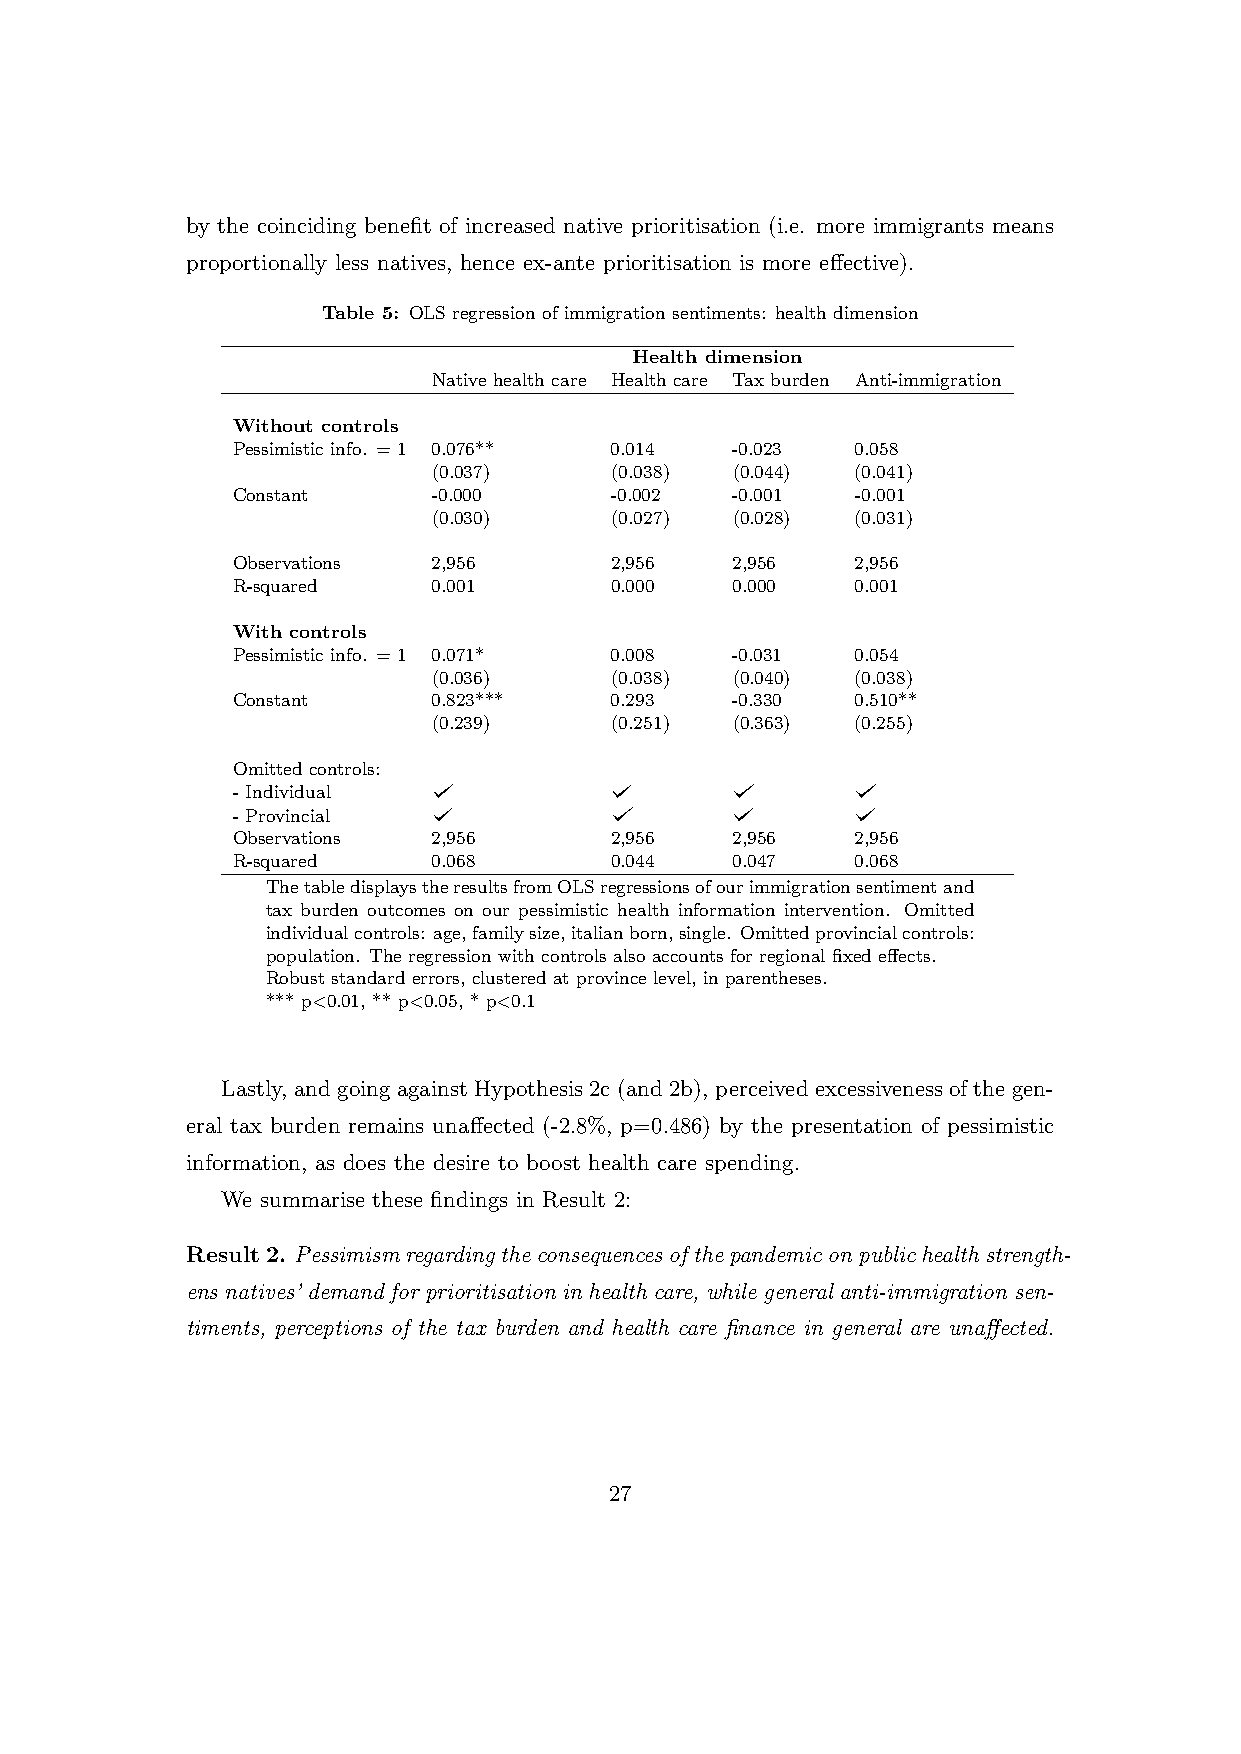
by the coinciding benefit of increased native prioritisation (i.e. more immigrants means
 proportionally less natives, hence ex-ante prioritisation is more effective).
 Table 5: OLS regression of immigration sentiments: health dimension
 Health dimension
 Native health care Health care Tax burden Anti-immigration
 Without controls
 Pessimistic info. = 1 0.076** 0.014 -0.023 0.058
 (0.037)    (0.038)  (0.044) (0.041)
 Constant      -0.000     -0.002   -0.001  -0.001
 (0.030)    (0.027)  (0.028) (0.031)
 Observations  2,956      2,956    2,956   2,956
 R-squared     0.001      0.000    0.000   0.001
 With controls
 Pessimistic info. = 1 0.071* 0.008 -0.031 0.054
 (0.036)    (0.038)  (0.040) (0.038)
 Constant      0.823***   0.293    -0.330  0.510**
 (0.239)    (0.251)  (0.363) (0.255)
 Omitted controls:
 - Individual
 - Provincial
 Observations  2,956      2,956    2,956   2,956
 R-squared     0.068      0.044    0.047   0.068
 ThetabledisplaystheresultsfromOLSregressionsofourimmigrationsentimentand
 tax burden outcomes on our pessimistic health information intervention. Omitted
 individualcontrols: age,familysize,italianborn,single. Omittedprovincialcontrols:
 population. The regression with controls also accounts for regional fixed effects.
 Robust standard errors, clustered at province level, in parentheses.
 *** p<0.01, ** p<0.05, * p<0.1
 Lastly, and going against Hypothesis 2c (and 2b), perceived excessiveness of the gen-
 eral tax burden remains unaffected (-2.8%, p=0.486) by the presentation of pessimistic
 information, as does the desire to boost health care spending.
 We summarise these findings in Result 2:
 Result2. Pessimismregardingtheconsequencesofthepandemiconpublichealthstrength-
 ens natives’ demand for prioritisation in health care, while general anti-immigration sen-
 timents, perceptions of the tax burden and health care finance in general are unaffected.
 27